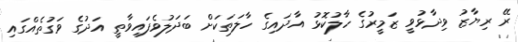
ރޭ ރިޔާޒު ވިދާޅުވީ ޒަމީރުގެ ހާލުކޮޅު އާދައިގެ ހާލަތަކަށް ބަދަލުވެފައިވާތީ އަދުގެ ވަގުތެއްގައި